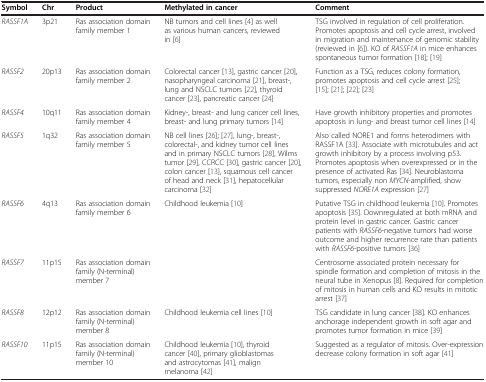
<table><thead><tr><td><b>Symbol</b></td><td><b>Chr</b></td><td><b>Product</b></td><td><b>Methylated in cancer</b></td><td><b>Comment</b></td></tr></thead><tbody><tr><td><i>RASSF1A</i></td><td>3p21</td><td>Ras association domain family member 1</td><td>NB tumors and cell lines [4] as well as various human cancers, reviewed in [6]</td><td>TSG involved in regulation of cell proliferation. Promotes apoptosis and cell cycle arrest, involved in migration and maintenance of genomic stability (reviewed in [6]). KO of <i>RASSF1A</i> in mice enhances spontaneous tumor formation [18]; [19]</td></tr><tr><td><i>RASSF2</i></td><td>20p13</td><td>Ras association domain family member 2</td><td>Colorectal cancer [13], gastric cancer [20], nasopharyngeal carcinoma [21], breast-, lung and NSCLC tumors [22], thyroid cancer [23], pancreatic cancer [24]</td><td>Function as a TSG, reduces colony formation, promotes apoptosis and cell cycle arrest [25]; [15]; [21]; [22]; [23]</td></tr><tr><td><i>RASSF4</i></td><td>10q11</td><td>Ras association domain family member 4</td><td>Kidney-, breast- and lung cancer cell lines, breast- and lung primary tumors [14]</td><td>Have growth inhibitory properties and promotes apoptosis in lung- and breast tumor cell lines [14]</td></tr><tr><td><i>RASSF5</i></td><td>1q32</td><td>Ras association domain family member 5</td><td>NB cell lines [26]; [27], lung-, breast-, colorectal-, and kidney tumor cell lines and in primary NSCLC tumors [28], Wilms tumor [29], CCRCC [30], gastric cancer [20], colon cancer [13], squamous cell cancer of head and neck [31], hepatocellular carcinoma [32]</td><td>Also called NORE1 and forms heterodimers with RASSF1A [33]. Associate with microtubules and act growth inhibitory by a process involving p53. Promotes apoptosis when overexpressed or in the presence of activated Ras [34]. Neuroblastoma tumors, especially non <i>MYCN</i>-amplified, show suppressed <i>NORE1A</i> expression [27]</td></tr><tr><td><i>RASSF6</i></td><td>4q13</td><td>Ras association domain family member 6</td><td>Childhood leukemia [10]</td><td>Putative TSG in childhood leukemia [10]. Promotes apoptosis [35]. Downregulated at both mRNA and protein level in gastric cancer. Gastric cancer patients with <i>RASSF6</i>-negative tumors had worse outcome and higher recurrence rate than patients with <i>RASSF6</i>-positive tumors [36]</td></tr><tr><td><i>RASSF7</i></td><td>11p15</td><td>Ras association domain family (N-terminal) member 7</td><td> </td><td>Centrosome associated protein necessary for spindle formation and completion of mitosis in the neural tube in Xenopus [8]. Required for completion of mitosis in human cells and KO results in mitotic arrest [37]</td></tr><tr><td><i>RASSF8</i></td><td>12p12</td><td>Ras association domain family (N-terminal) member 8</td><td>Childhood leukemia cell lines [10]</td><td>TSG candidate in lung cancer [38]. KO enhances anchorage independent growth in soft agar and promotes tumor formation in mice [39]</td></tr><tr><td><i>RASSF10</i></td><td>11p15</td><td>Ras association domain family (N-terminal) member 10</td><td>Childhood leukemia [10], thyroid cancer [40], primary glioblastomas and astrocytomas [41], malign melanoma [42]</td><td>Suggested as a regulator of mitosis. Over-expression decrease colony formation in soft agar [41]</td></tr></tbody></table>